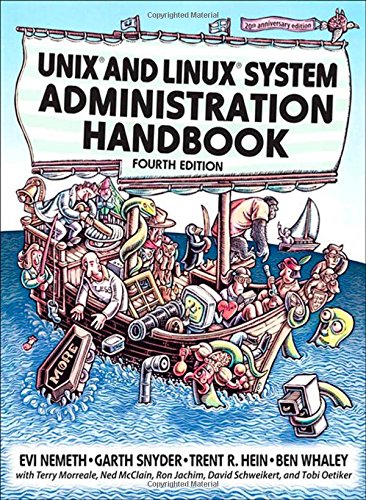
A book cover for UNIX and Linux System Administration Handbook (4th Edition); Evi Nemeth; Computers & Technology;